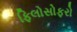
ફિલોસોફરો